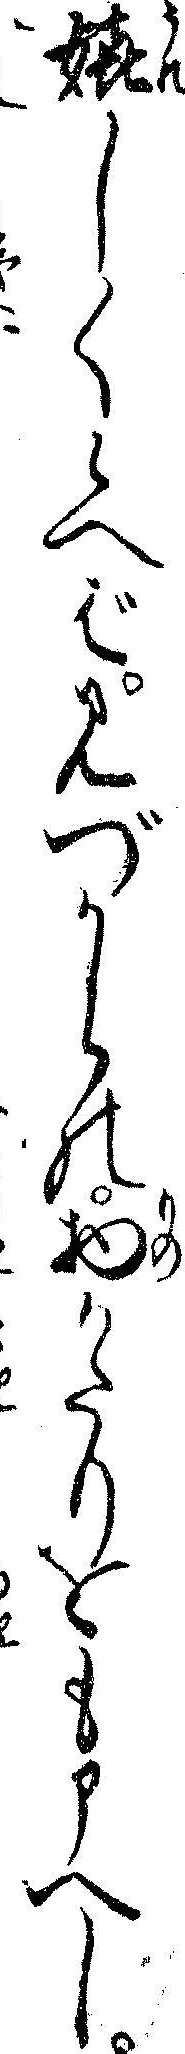
嬉しく候へばみづからの物かたりをも申へし